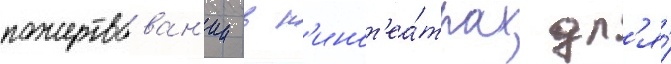
пожертвован'ии в к'инот'еа́трах дл'я́